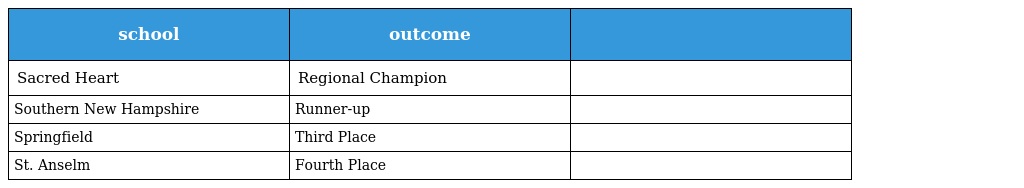
| school | outcome |  |
 | --- | --- | --- |
 | Sacred Heart | Regional Champion |  |
 | Southern New Hampshire | Runner-up |  |
 | Springfield | Third Place |  |
 | St. Anselm | Fourth Place |  |